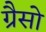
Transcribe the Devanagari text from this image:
ग्रैसो